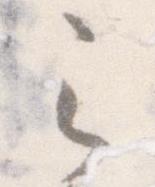
之